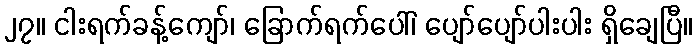
၂၇။ ငါးရက်ခန့်ကျော်၊ ခြောက်ရက်ပေါ်၊ ပျော်ပျော်ပါးပါး ရှိချေပြီ။